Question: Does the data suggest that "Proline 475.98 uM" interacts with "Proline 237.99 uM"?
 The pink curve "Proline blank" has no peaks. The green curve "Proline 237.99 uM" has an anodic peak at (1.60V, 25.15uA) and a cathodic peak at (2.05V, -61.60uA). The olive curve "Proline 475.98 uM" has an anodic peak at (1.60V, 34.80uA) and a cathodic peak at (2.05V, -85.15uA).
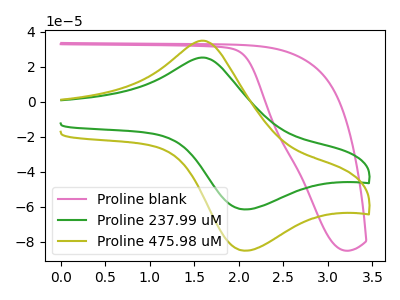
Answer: <think>All the peaks in "Proline 475.98 uM" have a peak in "Proline 237.99 uM" at the same potential. Every peak in "Proline 475.98 uM" is higher than every peak in "Proline 237.99 uM".
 </think>
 <answer>No, "Proline 475.98 uM" and "Proline 237.99 uM" don't appear to be significantly different in shape</answer>
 <eval>no_change</eval>